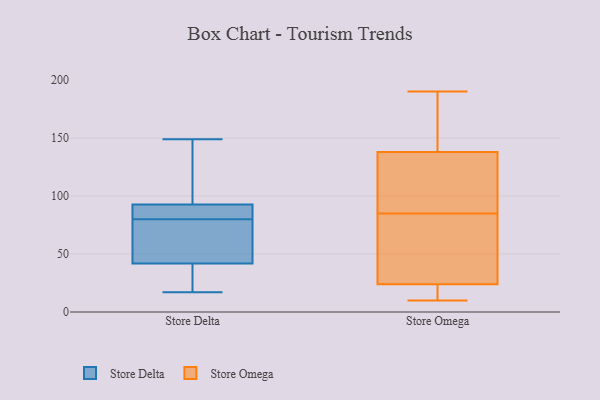
{"axis": {"x": "Conversion Rate (%)", "y": "Value"}, "legend": ["Store Delta", "Store Omega"], "data": [{"x": "", "y": 98, "type": "Store Delta"}, {"x": "", "y": 86, "type": "Store Delta"}, {"x": "", "y": 80, "type": "Store Delta"}, {"x": "", "y": 48, "type": "Store Delta"}, {"x": "", "y": 29, "type": "Store Delta"}, {"x": "", "y": 85, "type": "Store Delta"}, {"x": "", "y": 41, "type": "Store Delta"}, {"x": "", "y": 42, "type": "Store Delta"}, {"x": "", "y": 147, "type": "Store Delta"}, {"x": "", "y": 91, "type": "Store Delta"}, {"x": "", "y": 149, "type": "Store Delta"}, {"x": "", "y": 17, "type": "Store Delta"}, {"x": "", "y": 52, "type": "Store Delta"}, {"x": "", "y": 10, "type": "Store Omega"}, {"x": "", "y": 18, "type": "Store Omega"}, {"x": "", "y": 53, "type": "Store Omega"}, {"x": "", "y": 105, "type": "Store Omega"}, {"x": "", "y": 149, "type": "Store Omega"}, {"x": "", "y": 16, "type": "Store Omega"}, {"x": "", "y": 85, "type": "Store Omega"}, {"x": "", "y": 42, "type": "Store Omega"}, {"x": "", "y": 160, "type": "Store Omega"}, {"x": "", "y": 101, "type": "Store Omega"}, {"x": "", "y": 190, "type": "Store Omega"}]}